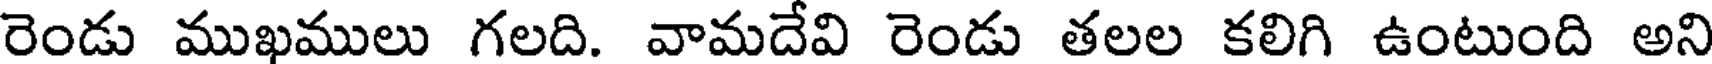
రెండు ముఖములు గలది. వామదేవి రెండు తలల కలిగి ఉంటుంది అని